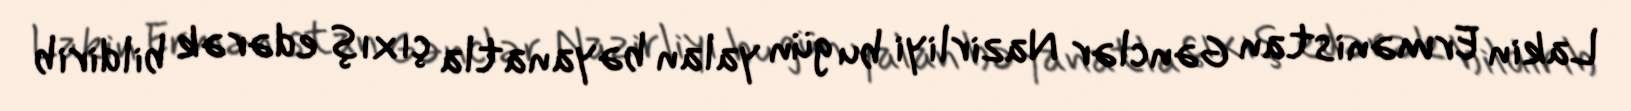
Lakin Ermənistan Gənclər Nazirliyi bu gün yalan bəyanatla çıxış edərək bildirib